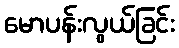
မောပန်းလွယ်ခြင်း